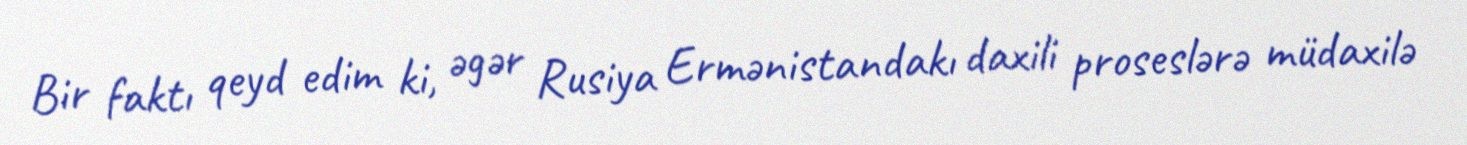
Bir faktı qeyd edim ki, əgər Rusiya Ermənistandakı daxili proseslərə müdaxilə